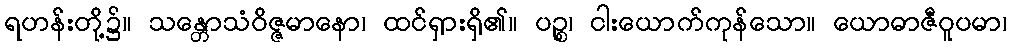
ရဟန်းတို့၌။ သန္တောသံဝိဇ္ဇမာနော၊ ထင်ရှားရှိ၏။ ပဉ္စ၊ ငါးယောက်ကုန်သော။ ယောဓာဇီဝူပမာ၊